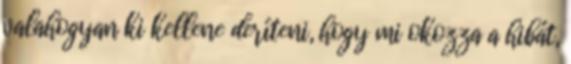
valahogyan ki kellene deríteni, hogy mi okozza a hibát,